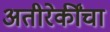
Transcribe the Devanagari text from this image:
अतीरेकींचा